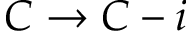
C \rightarrow C - i